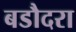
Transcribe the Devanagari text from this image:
बडौदरा